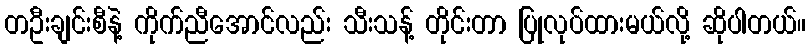
တဦးချင်းစီနဲ့ ကိုက်ညီအောင်လည်း သီးသန့် တိုင်းတာ ပြုလုပ်ထားမယ်လို့ ဆိုပါတယ်။